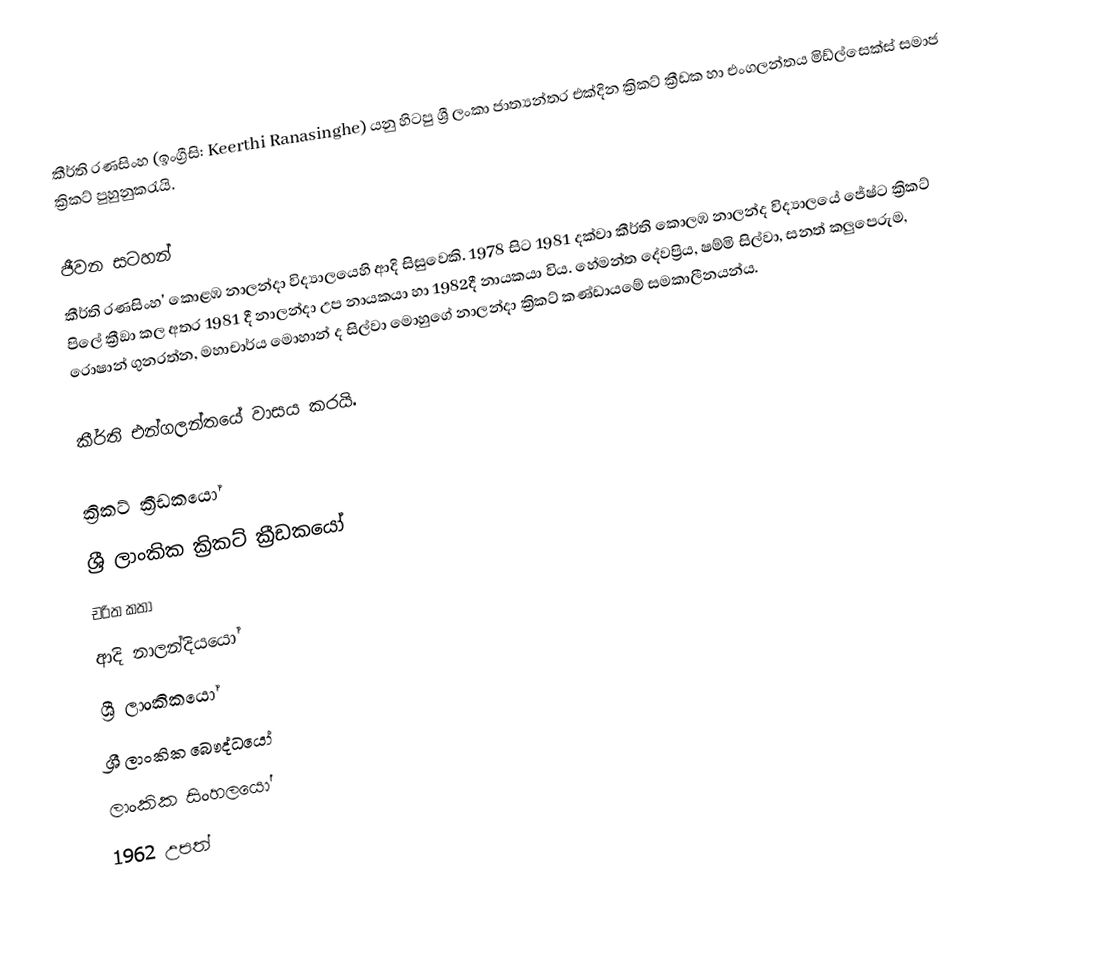
කීර්ති රණසිංහ (ඉංග්‍රීසි: Keerthi Ranasinghe) යනු හිටපු ශ්‍රී ලංකා ජාත්‍යන්තර එක්දින ක්‍රිකට් ක්‍රීඩක හා  එංගලන්තය මිඩ්ල්සෙක්ස් සමාජ ක්‍රිකට් පුහුනුකරැයි.

ජීවන සටහන්
කීර්ති රණසිංහ'  කොළඹ නාලන්දා විද්‍යා‍ලයෙහි ආදි සිසුවෙකි. 1978 සිට 1981 දක්වා කීර්ති කොලඹ නාලන්ද විද්‍යාලයේ ජේෂ්ට ක්‍රිකට් පිලේ ක්‍රීඞා කල අතර 1981 දී නාලන්දා උප නායකයා හා 1982දී නායකයා විය. හේමන්ත දේවප්‍රිය, ෂම්මි සිල්වා, සනත් කලුපෙරුම, රොෂාන් ගුනරත්න, මහාචාර්ය මොහාන් ද සිල්වා මොහුගේ නාලන්දා ක්‍රිකට් කණ්ඩායමේ සමකාලීනයන්ය.

කීර්ති එන්ගලන්තයේ වාසය කරයි.

ක්‍රිකට් ක්‍රීඩකයෝ
ශ්‍රී ලාංකික ක්‍රිකට් ක්‍රීඩකයෝ
චරිත කතා
ආදි නාලන්දියයෝ
ශ්‍රී ලාංකිකයෝ
ශ්‍රී ලාංකික බෞද්ධයෝ
ලාංකික සිංහලයෝ
1962 උපත්